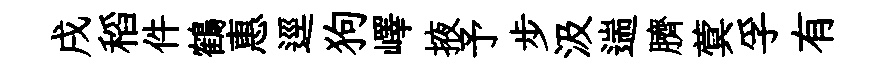
戌稻件鶴惠逕狗嶧掖予步汲遄臍蓂孚有